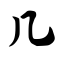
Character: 几